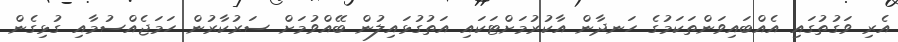
އެރި ވަގުތުގައި އެއްބައިވަންތަކަމުގެ ހަނދާން އާކުރުމަށްޓަކައި އަތުގުޅައިލުން ބޭއްވުމަށް ސަރުކާރުން ހަމަޖެއްސުމާއި ގުޅިގެން